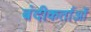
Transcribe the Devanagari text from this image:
बंदीकर्ताओं